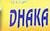
dhaka